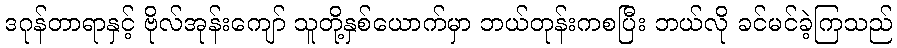
ဒဂုန်တာရာနှင့် ဗိုလ်အုန်းကျော် သူတို့နှစ်ယောက်မှာ ဘယ်တုန်းကစပြီး ဘယ်လို ခင်မင်ခဲ့ကြသည်